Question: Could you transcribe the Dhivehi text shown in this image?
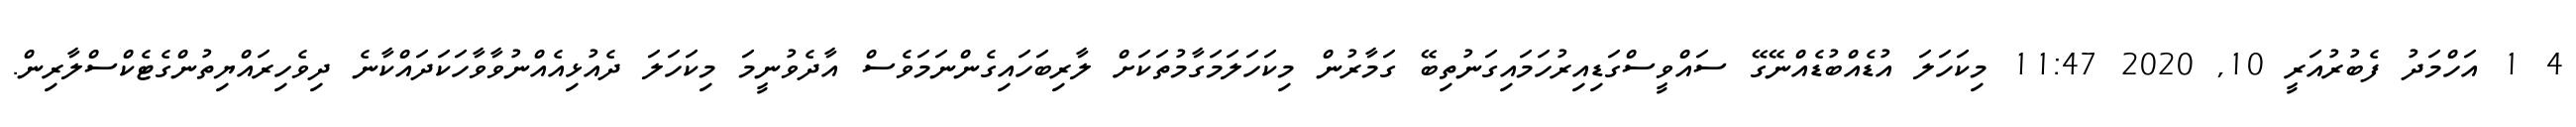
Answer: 4 1 އަހްމަދު ފެބުރުއަރީ 10, 2020 11:47 މިކަހަލަ އުޑެއްބުޑެއްނޭގޭ ސައްވީސްގަޑިއިރުހަމައިގަނުތިބޭ ގަމާރުން މިކަހަލަމަގާމުތަކަށް ލާރިބަހައިގެންނަމަވެސް އާދެވުނީމަ މިކަހަލަ ދެއުޅިއެއްނުވާވާހަކަދައްކާނެ ދިވެހިރައްޔިތުންގެޓެކްސްލާރިން.